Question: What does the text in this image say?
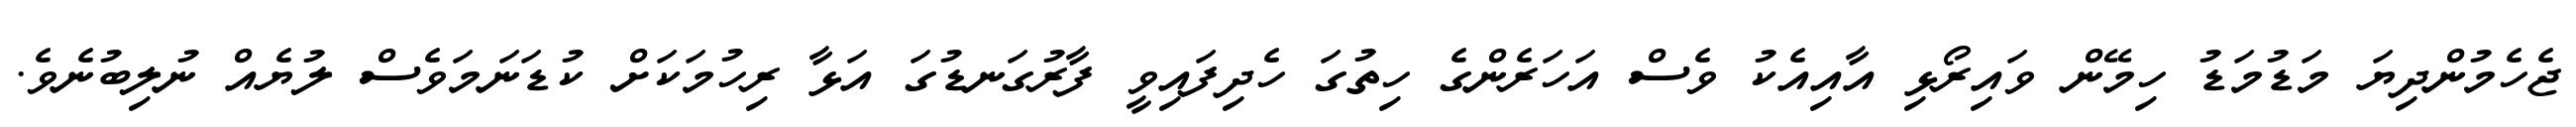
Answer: ޖެހެމުންދިޔަ މަޑުމަޑު ހިމޭން ވައިރޯޅި އާއިއެކު ވެސް އަހަރެންގެ ހިތުގަ ހެދިފައިވީ ފާރުގަނޑުގަ އަޅާ ރިހުމަކަށް ކުޑަނަމަވެސް ލުޔެއް ނުލިބުނެވެ.